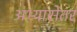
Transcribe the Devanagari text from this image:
अभ्यासेतर